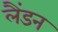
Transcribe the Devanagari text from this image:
लैंडन